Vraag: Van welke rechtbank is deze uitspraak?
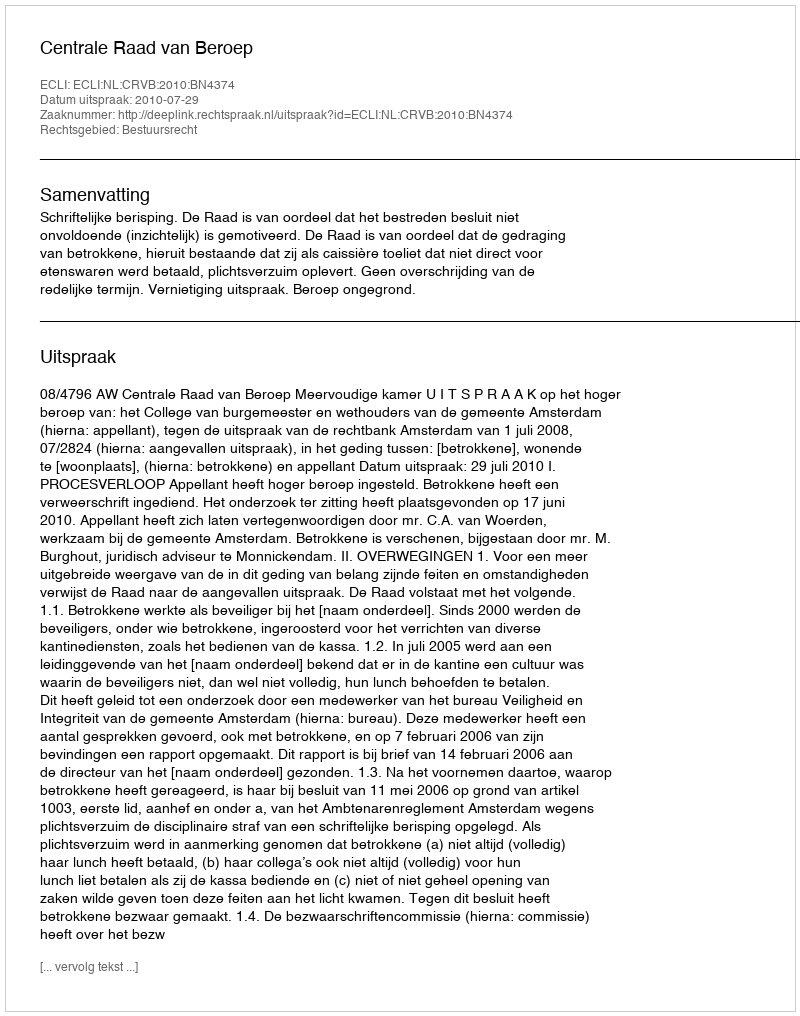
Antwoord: Centrale Raad van Beroep